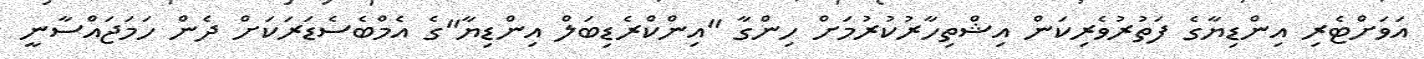
އަވަށްޓެރި އިންޑިޔާގެ ފަތުރުވެރިކަން އިޝްތިހާރުކުރުމަށް ހިންގާ "އިންކްރެޑިބަލް އިންޑިޔާ"ގެ އެމްބެސެޑަރަކަށް ދެން ހަމަޖައްސާނީ